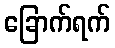
ခြောက်ရက်